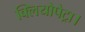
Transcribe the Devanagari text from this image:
क्लियोपेट्रा।